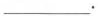
___.